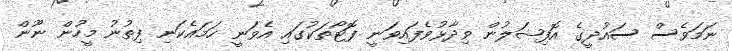
ނަމަވެސް ސައުދީގެ އޮފިޝަލުން ވިދާޅުވެފައިވަނީ ފޮޓޯތަކުގައި އެވަނީ ހަމައެކަނި ފިތުނު މީހުން ނޫން